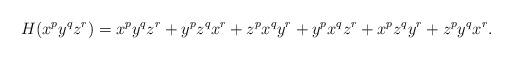
LaTeX: \begin{align*}H(x^py^qz^r) = x^py^qz^r+y^pz^qx^r+z^px^qy^r+y^px^qz^r+x^pz^qy^r+z^py^qx^r.\end{align*}